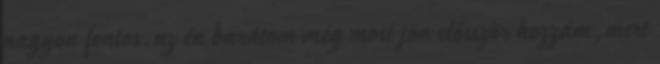
nagyon fontos.az én barátom még most jön elősször hozzám,mert